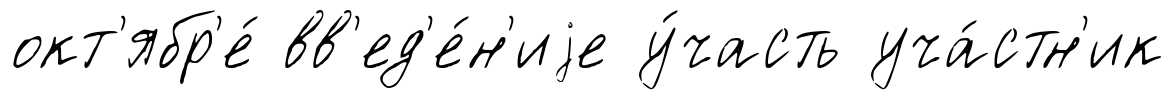
окт'ябр'е́ вв'ед'е́н'иjе у́часть уча́стн'ик